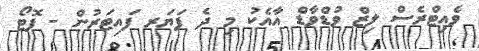
ވެއިޓްރެސް ލިޒް ވުޑްވާޑް އާއެކު މި ދެ ފަޔަރ ފައިޓަރުން - ފޮޓޯ